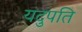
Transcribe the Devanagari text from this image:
यदुपति